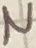
Text: N